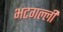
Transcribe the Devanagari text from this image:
भटगल्ली